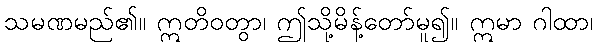
သမဏမည်၏။ ဣတိဝတွာ၊ ဤသို့မိန့်တော်မူ၍။ ဣမာ ဂါထာ၊